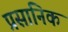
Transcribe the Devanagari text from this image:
प्रसानिक